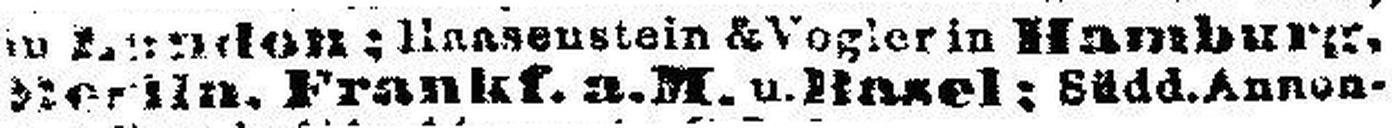
Berlin. Frankf.a.M. u. Basel: Südd.Annon¬